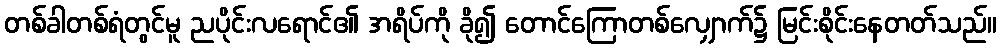
တစ်ခါတစ်ရံတွင်မူ ညပိုင်းလရောင်၏ အရိပ်ကို ခို၍ တောင်ကြောတစ်လျှောက်၌ မြင်းစိုင်းနေတတ်သည်။